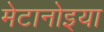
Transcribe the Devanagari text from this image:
मेटानोइया